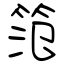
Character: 笵